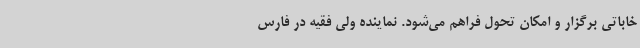
خاباتی برگزار و امکان تحول فراهم می‌شود. نماینده ولی فقیه در فارس